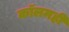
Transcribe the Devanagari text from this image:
कॉलमही